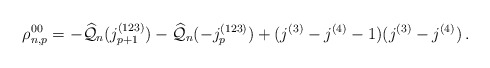
\begin{align*}{\rho}^{00}_{n,p} = - \widehat{\mathcal{Q}}_n(j_{p+1}^{(123)}) - \widehat{\mathcal{Q}}_n(-j_p^{(123)}) +(j^{(3)}-j^{(4)}-1)(j^{(3)}-j^{(4)})\,.\end{align*}